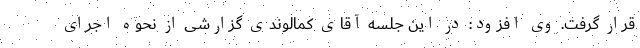
قرار گرفت. وی افزود: در این جلسه آقای کمالوندی گزارشی از نحوه اجرای